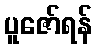
ပူဇော်ရန်